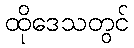
ထိုဒေသတွင်